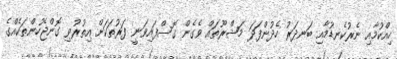
ހިއްކުމާއި ނެރުކެނޑުމާއި ބަނދަރު ހެދުންފަދަ މަޝްރޫތައް ވެގެން ގޮސްފައިވަނީ ފަރުތަކަށް އިތުރުވި ގޮންޖެހުންތަކެއްގެ